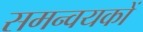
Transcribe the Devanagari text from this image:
समन्वयकों